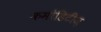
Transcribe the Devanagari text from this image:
कमोडिटीज़